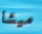
ميشا